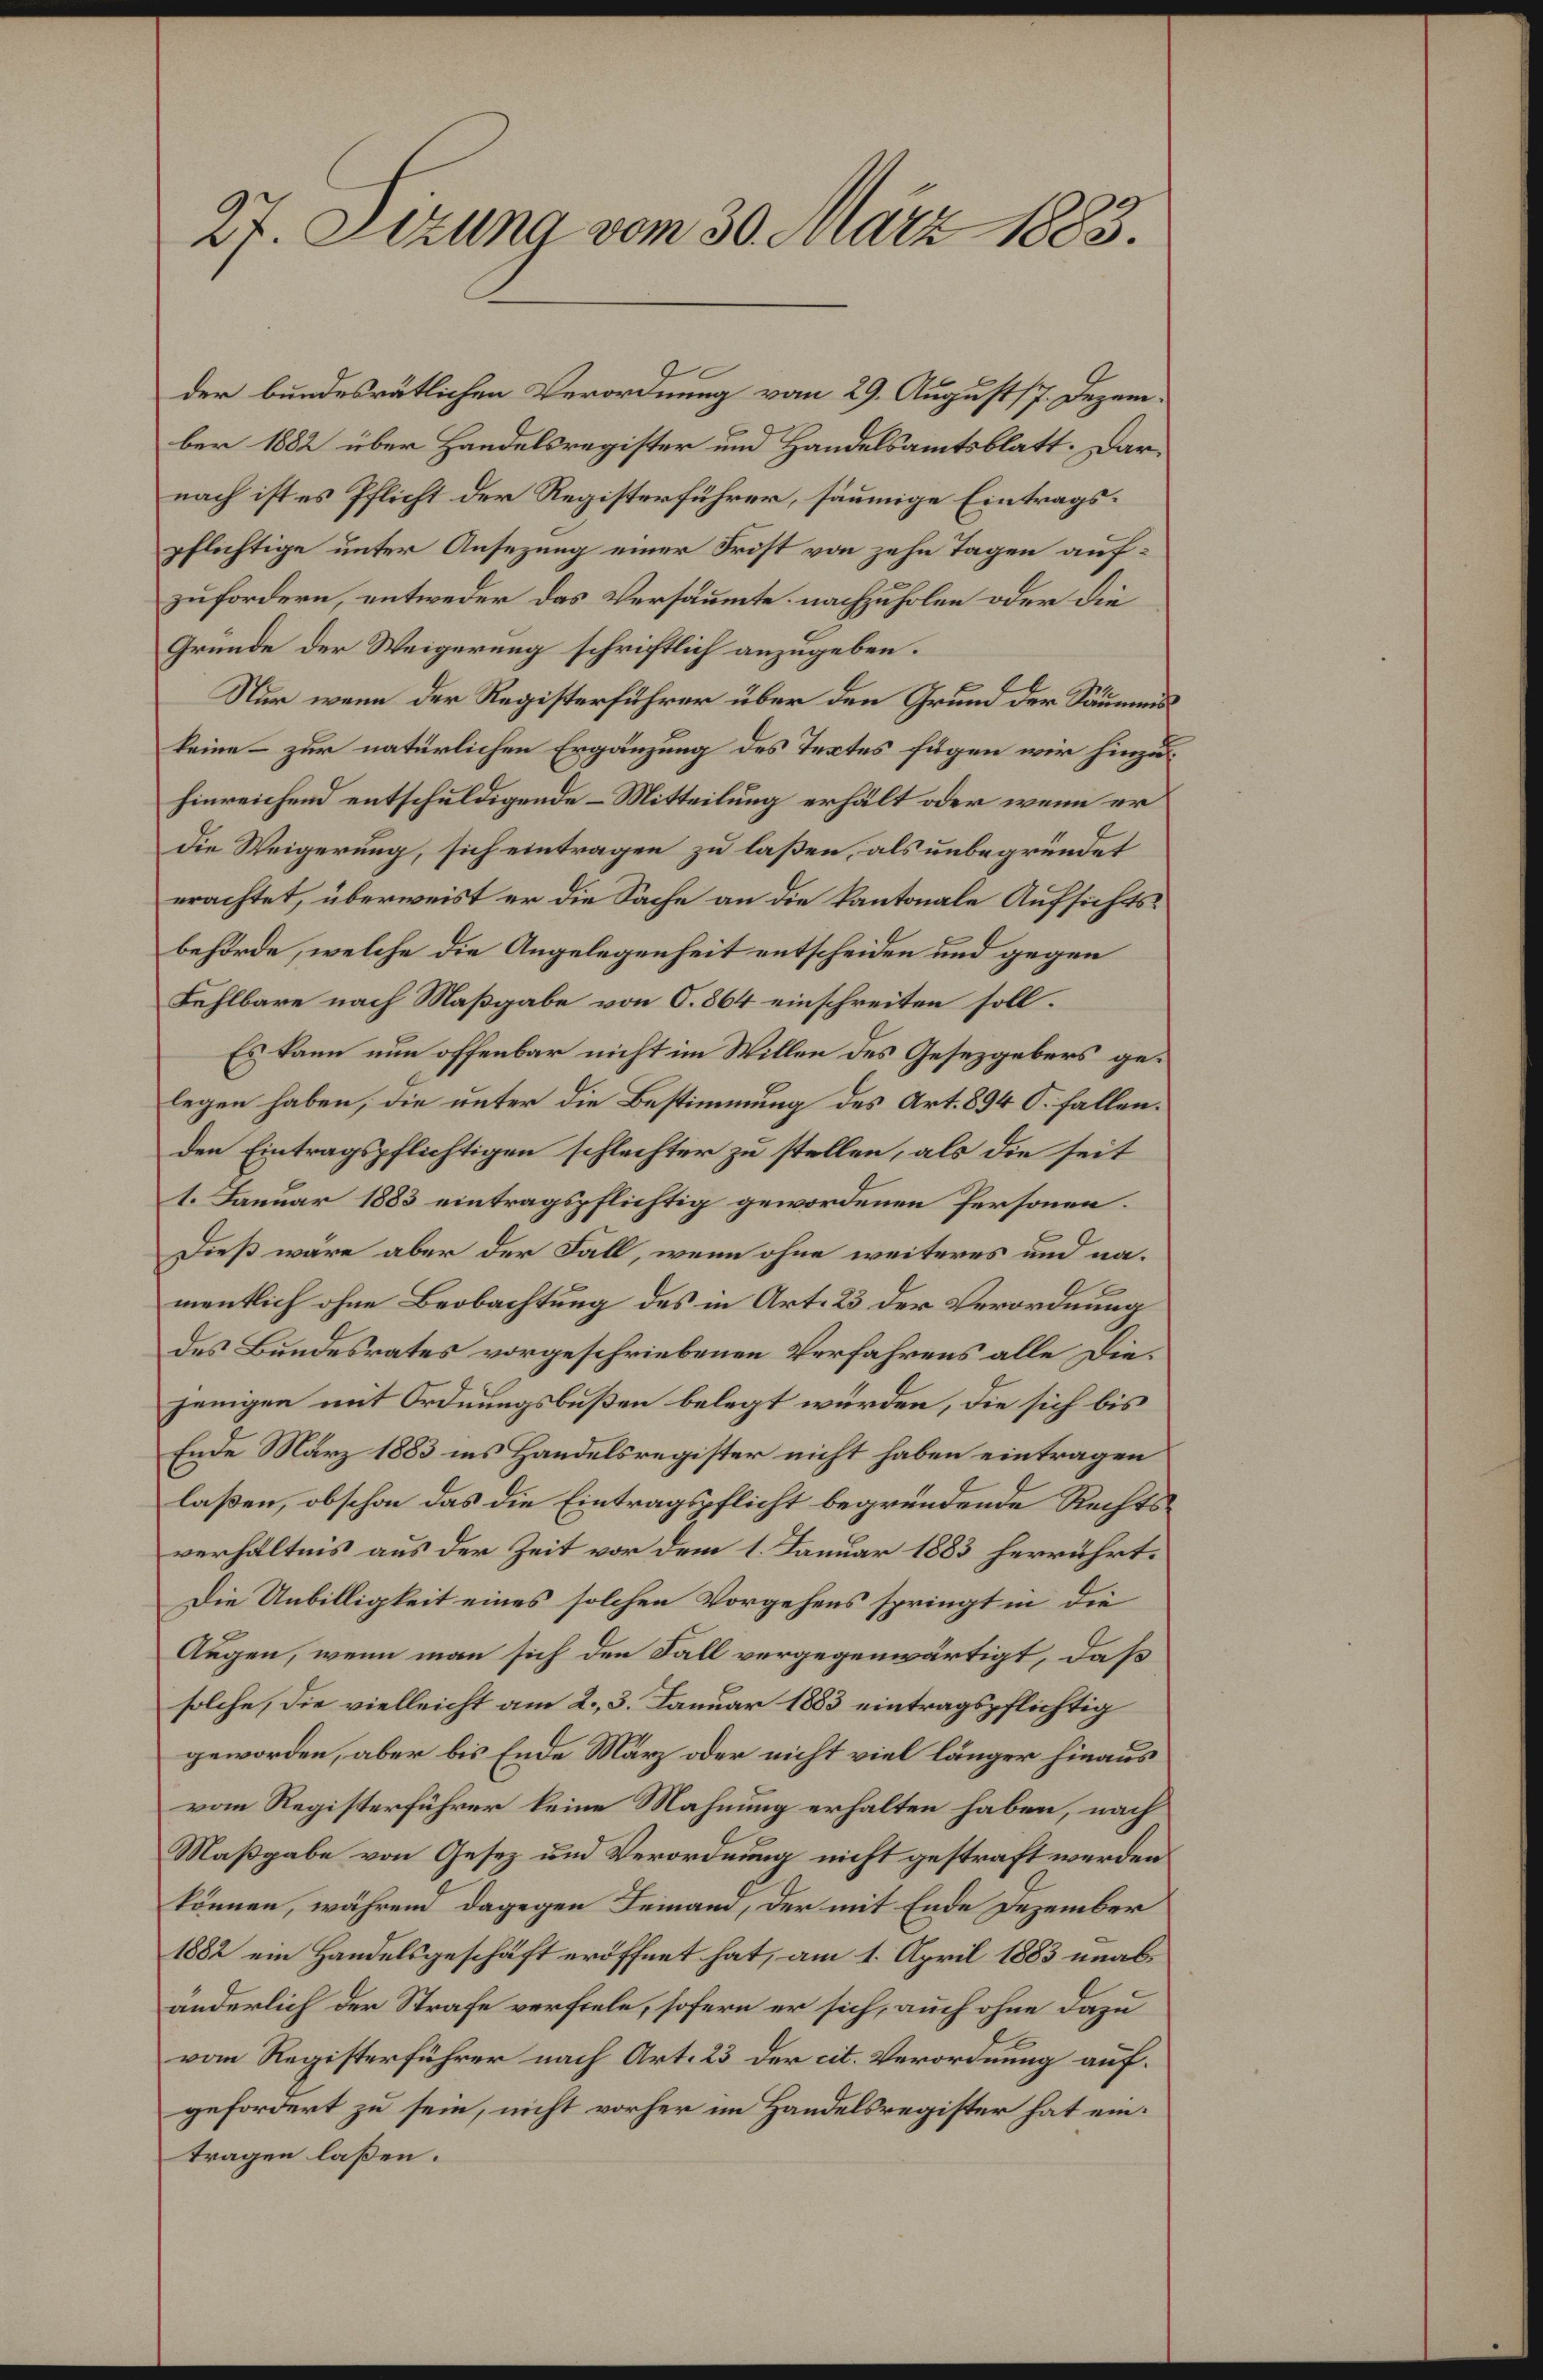
27. Sezung vom 30. März 1883.

der bundesrätlichen Verordnung vom 29. August 17. Dezember 1882 über Handelsregister und Handelsamtsblatt. Darnach ist es Pflicht der Registerführer, säumige Eintragspflichtige unter Ansezung einer Frist von zehn Tagen aufzufordern, entweder das Versäumte nachzuholen oder die
Gründe der Weigerung schriftlich anzugeben.
Nur wenn der Registerführer über den Grund der Säumenskeine – zur natürlichen Ergänzung des Textes fügen wir hinzu
hinreichend entschuldigende Mitteilung erhält oder wenn er
die Weigerung, sich eintragen zu laßen, als unbegründet
erachtet, überweist er die Sache an die kantonale Aufsichtsbehörde, welche die Angelegenheit entscheiden und gegen
Fehlbare nach Maßgabe von O. 864 einschreiten soll.
Es kann nun offenbar nicht im Willen des Gesetzgebers gelegen haben, die unter die Bestimmung des Art. 894 S. fallen.
den Eintragspflichtigen schlechter zu stellen, als die seit
1. Januar 1883 eintragspflichtig gewordenen Personen.
Dieß wäre aber der Fall, wenn ohne weiteres und namentlich ohne Beobachtung des in Art. 23 der Verordnung
des Bundesrates vorgeschriebenen Verfahrens alle Diejenigen mit Ordnungsbußen belegt würden, die sich bis
Ende März 1883 ins Handelsregister nicht haben eintragen
laßen, obschon das die Eintragspflicht begründende Rechtsverhältnis aus der Zeit vor dem 1. Januar 1883 herrührt.
Die Unbilligkeit eines solchen Vorgehens springt in die
Augen, wenn man sich den Fall vergegenwärtigt, daß
solche, die vielleicht am 2., 3. Januar 1883 eintragspflichtig
geworden, aber bis Ende März oder nicht viel länger hinaus
vom Registerführer keine Mahnung erhalten haben, nach
Maßgabe von Gesez und Verordnung nicht gestraft werden
können, während dagegen Leinam, der mit Ende Dezember
1882 ein Handelsgeschäft eröffnet hat, am 1. April 1883 unabänderlich der Strafe verfiele, sofern er sich, auch ohne dazu
vom Registerführer nach Art. 23 der cit. Verordnung aufgefordert zu sein, nicht vorher im Handelsregister hat eintragen laßen.